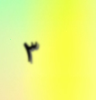
٣